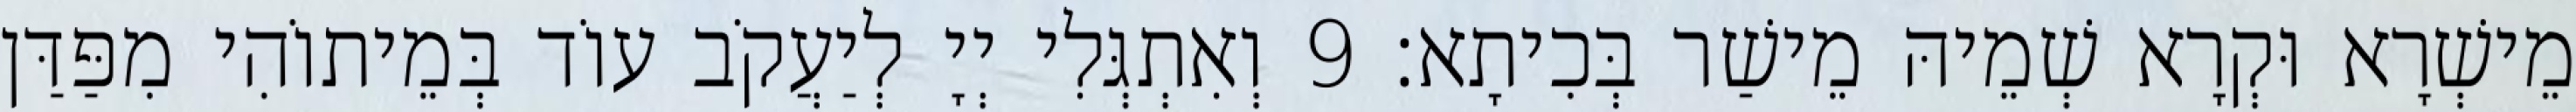
מֵישְׁרָא וּקְרָא שְׁמֵיהּ מֵישַׁר בְּכִיתָא׃ 9 וְאִתְגְּלִי יְיָ לְיַעֲקֹב עוֹד בְּמֵיתוֹהִי מִפַּדַּן